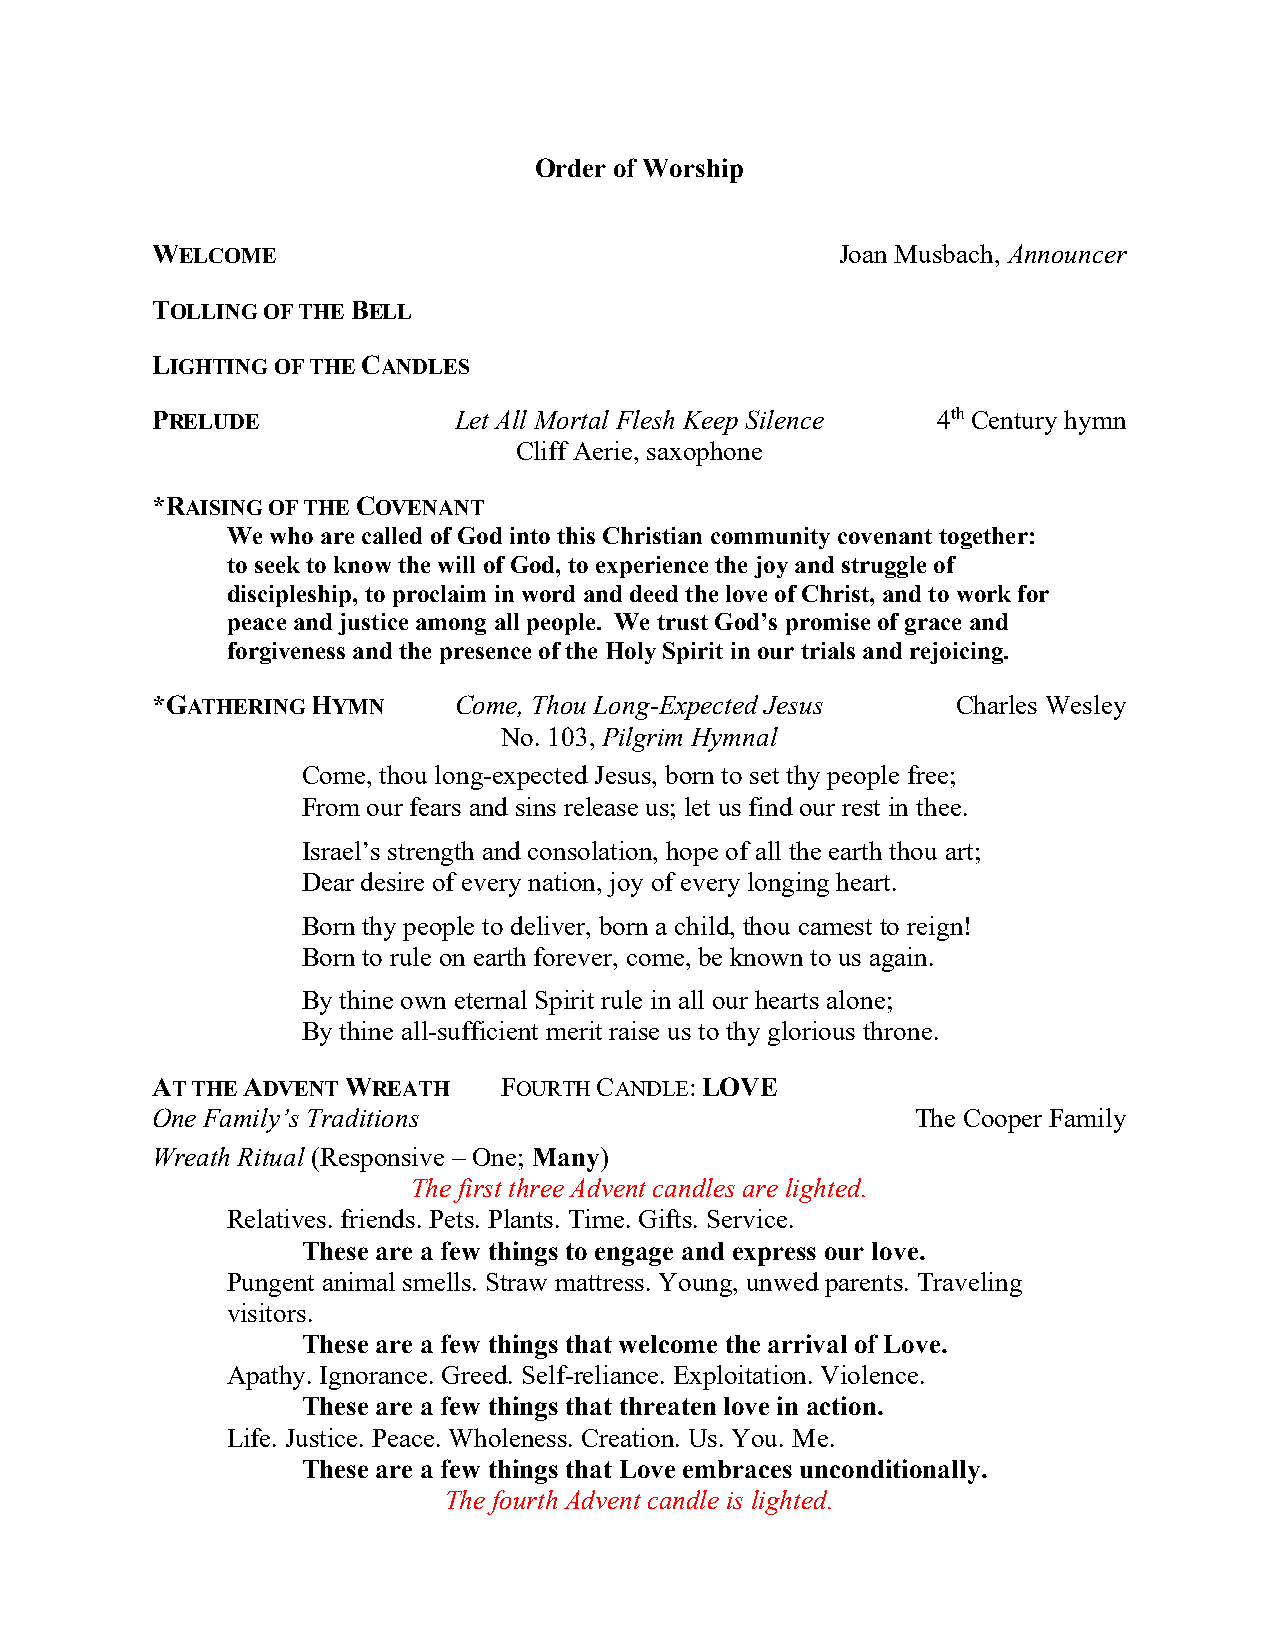
Order of Worship
 WELCOME                                       Joan Musbach, Announcer
 TOLLING OF THE BELL
 LIGHTING OF THE CANDLES
 PRELUDE             Let All Mortal Flesh Keep Silence 4th Century hymn
 Cliff Aerie, saxophone
 *RAISING OF THE COVENANT
 We who are called of God into this Christian community covenant together:
 to seek to know the will of God, to experience the joy and struggle of
 discipleship, to proclaim in word and deed the love of Christ, and to work for
 peace and justice among all people. We trust God’s promise of grace and
 forgiveness and the presence of the Holy Spirit in our trials and rejoicing.
 *GATHERING HYMN     Come, Thou Long-Expected Jesus   Charles Wesley
 No. 103, Pilgrim Hymnal
 Come, thou long-expected Jesus, born to set thy people free;
 From our fears and sins release us; let us find our rest in thee.
 Israel’s strength and consolation, hope of all the earth thou art;
 Dear desire of every nation, joy of every longing heart.
 Born thy people to deliver, born a child, thou camest to reign!
 Born to rule on earth forever, come, be known to us again.
 By thine own eternal Spirit rule in all our hearts alone;
 By thine all-sufficient merit raise us to thy glorious throne.
 AT THE ADVENT WREATH   FOURTH CANDLE: LOVE
 One Family’s Traditions                            The Cooper Family
 Wreath Ritual (Responsive – One; Many)
 The first three Advent candles are lighted.
 Relatives. friends. Pets. Plants. Time. Gifts. Service.
 These are a few things to engage and express our love.
 Pungent animal smells. Straw mattress. Young, unwed parents. Traveling
 visitors.
 These are a few things that welcome the arrival of Love.
 Apathy. Ignorance. Greed. Self-reliance. Exploitation. Violence.
 These are a few things that threaten love in action.
 Life. Justice. Peace. Wholeness. Creation. Us. You. Me.
 These are a few things that Love embraces unconditionally.
 The fourth Advent candle is lighted.